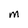
Character: M